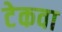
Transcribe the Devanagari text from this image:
टेकवा